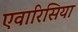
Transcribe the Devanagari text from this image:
एवारिसिया